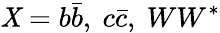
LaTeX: \mathit{X}=b\bar{{b}},\ c\bar{{c}},\ WW^{*}